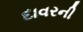
દાવરની